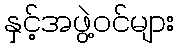
နှင့်အဖွဲ့ဝင်များ